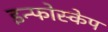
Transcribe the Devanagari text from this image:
इन्फोस्केप